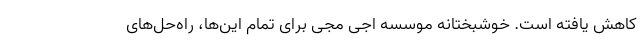
کاهش یافته است. خوشبختانه موسسه اجی مجی برای تمام این‌ها، راه‌حل‌های